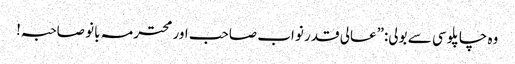
وہ چاپلوسی سے بولی:”عالی قدر نواب صاحب اور محترمہ بانو صاحبہ!